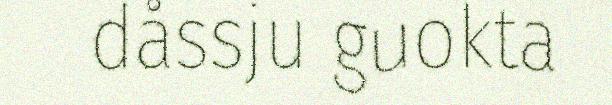
dåssju guokta